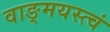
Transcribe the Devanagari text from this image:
वाङ्‌मयस्त्वं